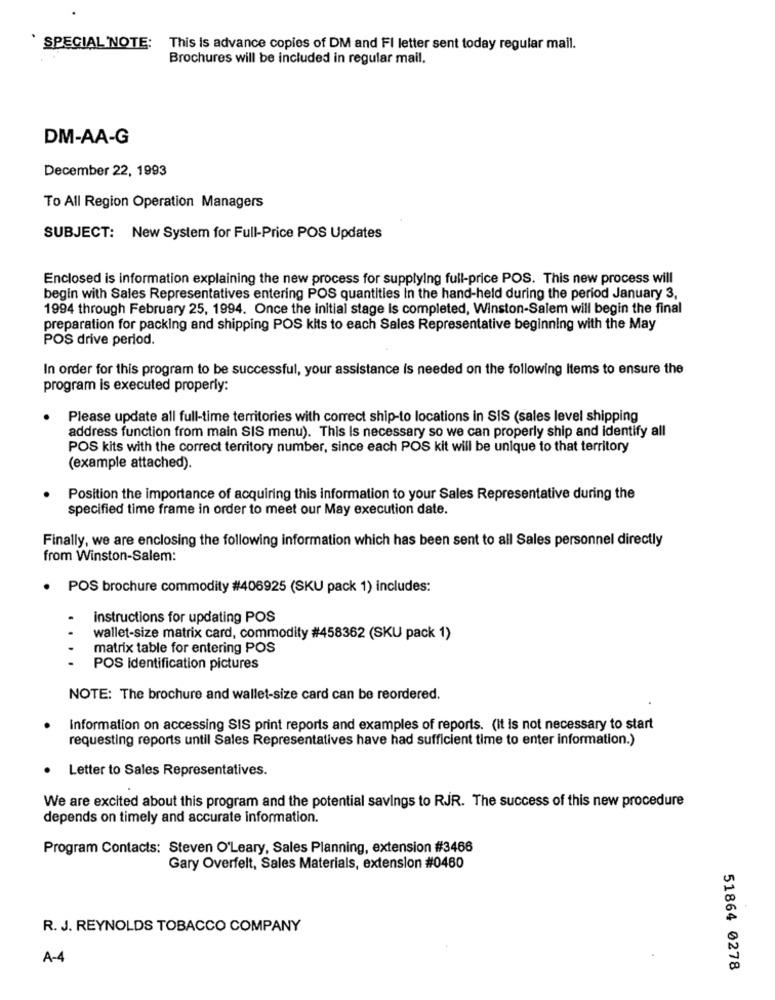
SPECIAL NOTE:
This Is advance copies of DM and FI letter sent today regular mail.
Brochures will be included in regular mail.
DM-AA-G
December 22, 1993
To All Region Operation Managers
SUBJECT: New System for Full-Price POS Updates
Enclosed is information explaining the new process for supplying full-price POS. This new process will
begin with Sales Representatives entering POS quantities in the hand-held during the period January 3,
1994 through February 25, 1994. Once the initial stage is completed, Winston-Salem will begin the final
preparation for packing and shipping POS kits to each Sales Representative beginning with the May
POS drive period.
In order for this program to be successful, your assistance is needed on the following Items to ensure the
program is executed properly:
Please update all full-time territories with correct ship-to locations in SIS (sales level shipping
address function from main SIS menu). This Is necessary so we can properly ship and identify all
POS kits with the correct territory number, since each POS kit will be unique to that territory
(example attached).
Position the importance of acquiring this information to your Sales Representative during the
specified time frame in order to meet our May execution date.
Finally, we are enclosing the following information which has been sent to all Sales personnel directly
from Winston-Salem:
POS brochure commodity #406925 (SKU pack 1) includes:
instructions for updating POS
wallet-size matrix card, commodity #458362 (SKU pack 1)
matrix table for entering POS
POS identification pictures
NOTE: The brochure and wallet-size card can be reordered.
Information on accessing SIS print reports and examples of reports. (It is not necessary to start
requesting reports until Sales Representatives have had sufficient time to enter information.)
Letter to Sales Representatives.
We are excited about this program and the potential savings to RJR. The success of this new procedure
depends on timely and accurate information.
Program Contacts: Steven O'Leary, Sales Planning, extension #3466
Gary Overfelt, Sales Materials, extension #0480
R. J. REYNOLDS TOBACCO COMPANY
A-4
51864 0278